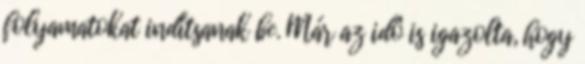
folyamatokat indítsanak be. Már az idô is igazolta, hogy